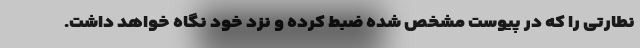
نطارتی را که در پیوست مشخص شده ضبط کرده و نزد خود نگاه خواهد داشت.